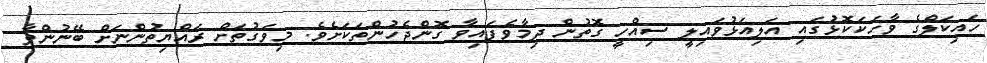
ހައިކަލްގެ ވާހަކަކޮޅުގައި އަލިއަޅުވައިލީ ސިއްހީ ގޮތުން ދިމާވެފައިވާ ގޮންޖެހުންތަކަށެވެ. މިވަގުތަށް ރައްޔިތުންނަށް ބޭނުންވާ